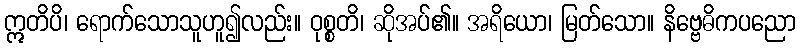
ဣတိပိ၊ ရောက်သောသူဟူ၍လည်း။ ဝုစ္စတိ၊ ဆိုအပ်၏။ အရိယော၊ မြတ်သော။ နိဗ္ဗေဓိကပညော